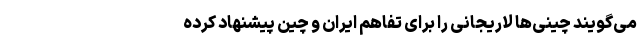
می‌گویند چینی‌ها لاریجانی را برای تفاهم ایران و چین پیشنهاد کرده